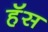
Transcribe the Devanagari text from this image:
हॅस